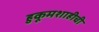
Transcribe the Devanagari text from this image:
हुकूमशाहीची